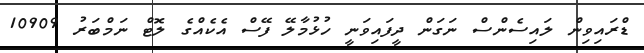
ޑްރައިވިން ލައިސެންސް ނަގަން ދީފައިވަނީ ހުޅުމާލޭ ފޭސް އެކެއްގެ ލޮޓް ނަމްބަރު 10909